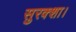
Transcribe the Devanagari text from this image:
सुरक्शा।